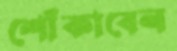
শোঁকাবেন